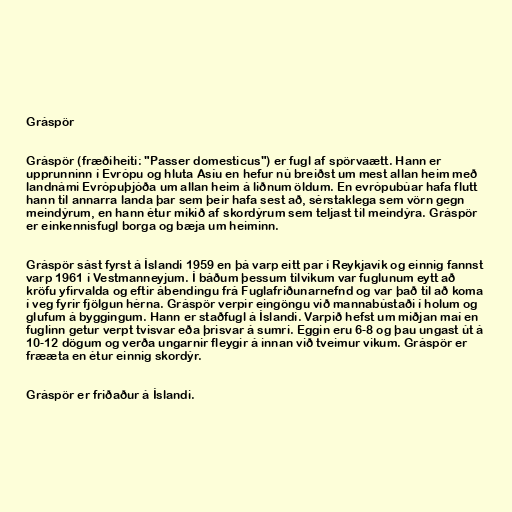
Gráspör

Gráspör (fræðiheiti: "Passer domesticus") er fugl af spörvaætt. Hann er
upprunninn í Evrópu og hluta Asíu en hefur nú breiðst um mest allan heim með
landnámi Evrópuþjóða um allan heim á liðnum öldum. En evrópubúar hafa flutt
hann til annarra landa þar sem þeir hafa sest að, sérstaklega sem vörn gegn
meindýrum, en hann étur mikið af skordýrum sem teljast til meindýra. Gráspör
er einkennisfugl borga og bæja um heiminn.

Gráspör sást fyrst á Íslandi 1959 en þá varp eitt par í Reykjavík og einnig fannst
varp 1961 í Vestmanneyjum. Í báðum þessum tilvikum var fuglunum eytt að
kröfu yfirvalda og eftir ábendingu frá Fuglafriðunarnefnd og var það til að koma
í veg fyrir fjölgun hérna. Gráspör verpir eingöngu við mannabústaði í holum og
glufum á byggingum. Hann er staðfugl á Íslandi. Varpið hefst um miðjan maí en
fuglinn getur verpt tvisvar eða þrisvar á sumri. Eggin eru 6-8 og þau ungast út á
10-12 dögum og verða ungarnir fleygir á innan við tveimur vikum. Gráspör er
frææta en étur einnig skordýr.

Gráspör er friðaður á Íslandi.